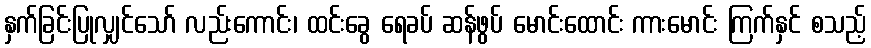
နှက်ခြင်းပြုလျှင်သော် လည်းကောင်း၊ ထင်းခွေ ရေခပ် ဆန်ဖွပ် မောင်းထောင်း ကားမောင်း ကြက်နှင် စသည့်